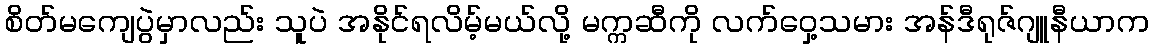
စိတ်မကျေပွဲမှာလည်း သူပဲ အနိုင်ရလိမ့်မယ်လို့ မက္ကဆီကို လက်ဝှေ့သမား အန်ဒီရုဇ်ဂျူနီယာက